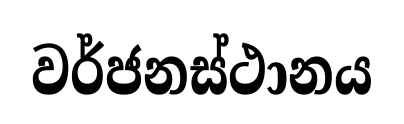
වර්ජනස්ථානය